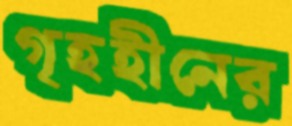
গৃহহীনের